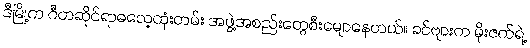
ဒီမြို့က ဂီတဆိုင်ရာဓလေ့ထုံးတမ်း အဖွဲ့အစည်းတွေစီးမျောနေတယ်။ ခင်ဗျားက မိုးဇက်ရဲ့